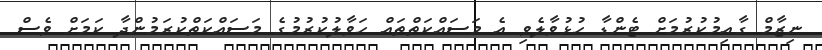
ނިޒާމް ގާއިމުކުރުމަށް ޓެންޑާ ހުޅުވާލެވި އެ މަސައްކަތްތައް ހަވާލުކުރުމުގެ މަސައްކަތްކުރަމުންދާ ކަމަށް ވެސް